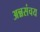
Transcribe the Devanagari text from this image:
अन्नसंचय